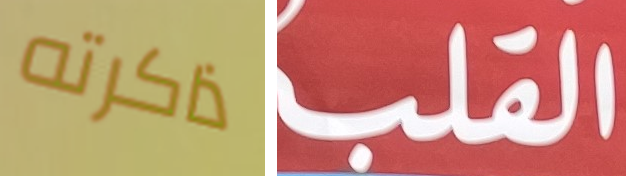
ذاكرته القلب